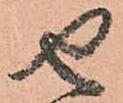
せ